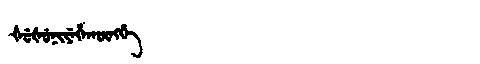
Manchu: ᡧᡠᡧᡠᠨᡳᠶᡝᡥᠠᡴᡡᠩᡤᡝ
Romanization: ŠUŠUNIYEHAKŪNGGE